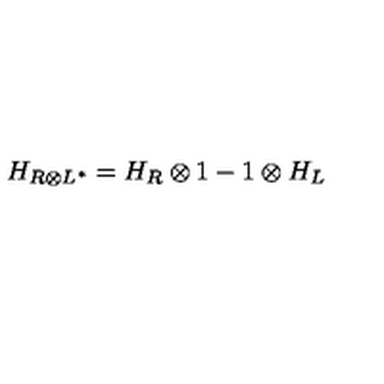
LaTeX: H _ { R \otimes L ^ { * } } = H _ { R } \otimes 1 - 1 \otimes H _ { L }